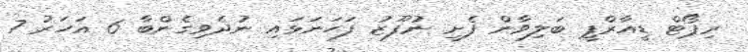
ރިޕޯޓް ޑީއާރްޕީ ބަލިވާން ފެށީ ނުފޫޒު ފަހަނަޅައި ނުދެވިގެންބާ 6 އަހަރު 7